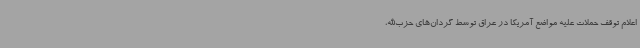
اعلام توقف حملات علیه مواضع آمریکا در عراق توسط گردان‌های حزب‌الله،